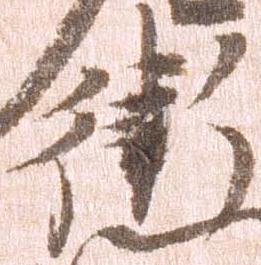
衛